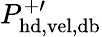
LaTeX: P_{\mathrm{hd,vel,db}}^{+\prime}